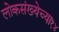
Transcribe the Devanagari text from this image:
लोकसंख्येच्या१४